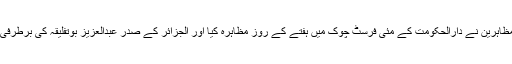
تقریباً دو ہزار مظاہرین نے دارالحکومت کے مئی فرسٹ چوک میں ہفتے کے روز مظاہرہ کیا اور الجزائر کے صدر عبدالعزیز بوتفلیقہ کی برطرفی کا مطالبہ کیا ۔